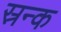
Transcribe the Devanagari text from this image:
स्रन्क